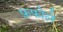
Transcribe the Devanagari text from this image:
फ़फोले